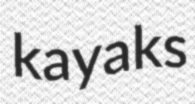
kayaks